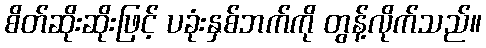
စိတ်ဆိုးဆိုးဖြင့် ပခုံးနှစ်ဘက်ကို တွန့်လိုက်သည်။